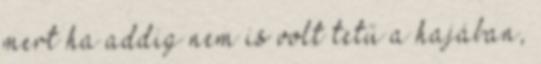
mert ha addig nem is volt tetű a hajában,